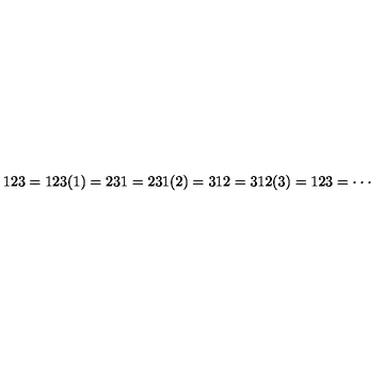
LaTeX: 1 2 3 = 1 2 3 ( 1 ) = 2 3 1 = 2 3 1 ( 2 ) = 3 1 2 = 3 1 2 ( 3 ) = 1 2 3 = \cdot \cdot \cdot